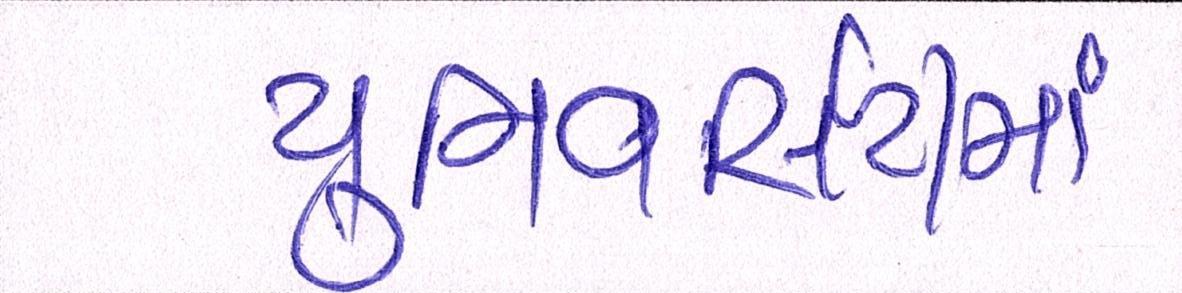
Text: યુનિવર્સિટીમાં